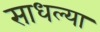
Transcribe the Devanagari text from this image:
साधल्या